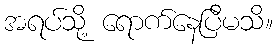
အရပ်သို့ ရောက်နေပြီမသိ။